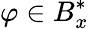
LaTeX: \varphi\in B_{x}^{*}